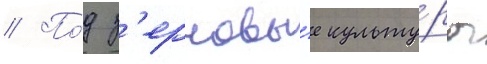
// По́д з'ерновы́е культу́ры